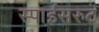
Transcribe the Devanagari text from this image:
स्पाईसरुट